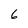
Character: 6